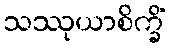
သဿုယာစိက္ခိံ